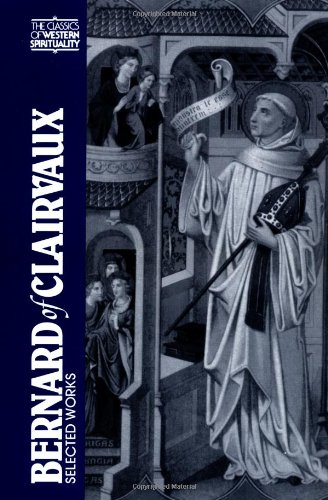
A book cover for Bernard of Clairvaux: Selected Works (The Classics of Western Spirituality); Bernard of Clairvaux; Christian Books & Bibles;